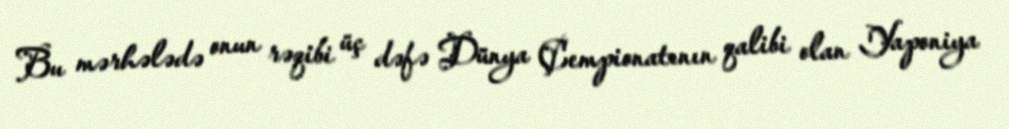
Bu mərhələdə onun rəqibi üç dəfə Dünya Çempionatının qalibi olan Yaponiya